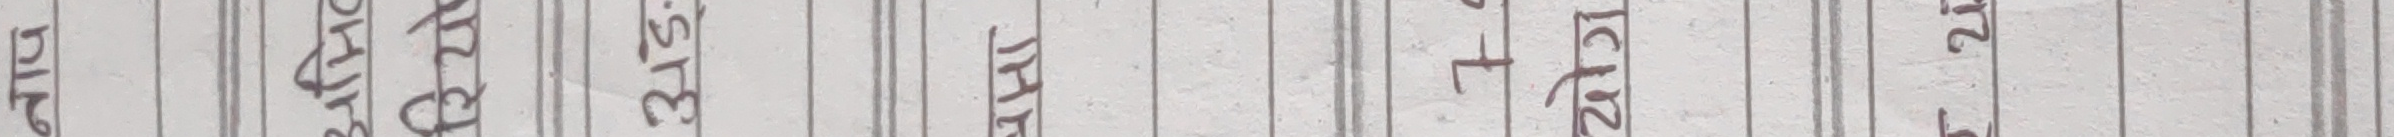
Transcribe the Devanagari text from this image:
बाट, श्रीमान्,